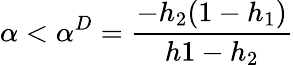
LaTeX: \alpha<\alpha^{D}=\frac{-h_{2}(1-h_{1})}{h1-h_{2}}